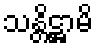
သန္တိဋ္ဌာမိ